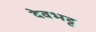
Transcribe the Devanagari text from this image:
देवभट्ट